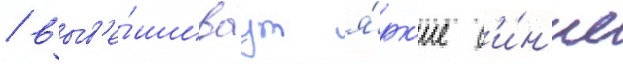
/ выв'е́шиваут я́рк'ие с'и́н'ие